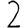
Digit: 2